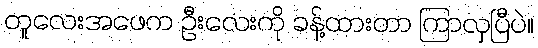
တူလေးအဖေက ဦးလေးကို ခန့်ထားတာ ကြာလှပြီပဲ။